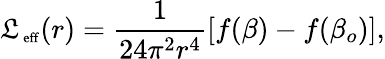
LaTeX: \mathfrak{L}_{\mathrm{{\scriptsize~eff}}}(r)=\frac{{1}}{{24\pi^{2}r^{4}}}\left[f(\beta)-f(\beta_{o})\right],